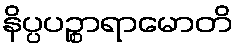
နိပ္ပပဉ္စာရာမောတိ